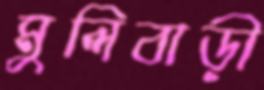
মুলিবাড়ী